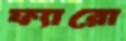
ফ্যারো